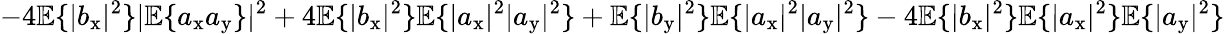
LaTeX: -4\mathbb{E}\{ |b_{\mathrm{x}}|^{2}\} |\mathbb{E}\{ a_{\mathrm{x}}a_{\mathrm{y}}\} |^{2}+4\mathbb{E}\{ |b_{\mathrm{x}}|^{2}\} \mathbb{E}\{ |a_{\mathrm{x}}|^{2}|a_{\mathrm{y}}|^{2}\} +\mathbb{E}\{ |b_{\mathrm{y}}|^{2}\} \mathbb{E}\{ |a_{\mathrm{x}}|^{2}|a_{\mathrm{y}}|^{2}\} -4\mathbb{E}\{ |b_{\mathrm{x}}|^{2}\} \mathbb{E}\{ |a_{\mathrm{x}}|^{2}\} \mathbb{E}\{ |a_{\mathrm{y}}|^{2}\}